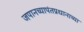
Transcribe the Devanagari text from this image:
जपानच्यापंतप्रधानाच्या